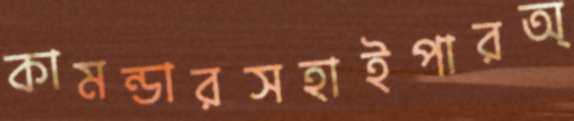
কামন্ডারসহাইপারঅ্